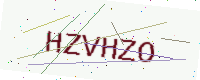
Text: HZVHZO